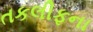
તકલીફના